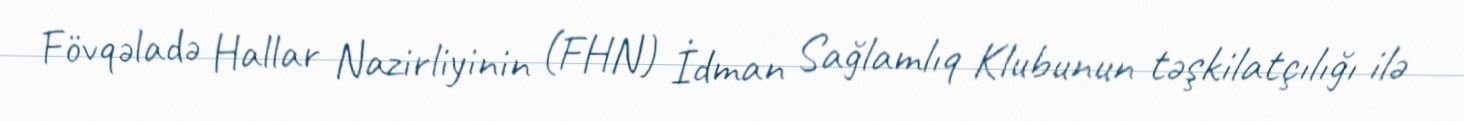
Fövqəladə Hallar Nazirliyinin (FHN) İdman Sağlamlıq Klubunun təşkilatçılığı ilə